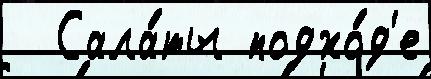
  Сала́ты подхо́д'е